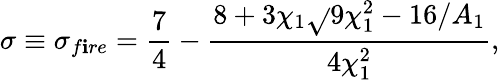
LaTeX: \sigma\equiv\sigma_{f\mathbf{i}re}=\frac{{7}}{{4}}-\frac{{8+3\chi_{1}\sqrt{}{{9\chi_{1}^{2}-16/A_{1}}}}}{{4\chi_{1}^{2}}},